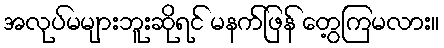
အလုပ်မများဘူးဆိုရင် မနက်ဖြန် တွေ့ကြမလား။